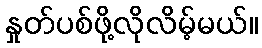
နှုတ်ပစ်ဖို့လိုလိမ့်မယ်။